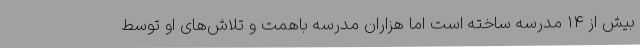
بیش از 14 مدرسه ساخته است اما هزاران مدرسه باهمت و تلاش‌های او توسط